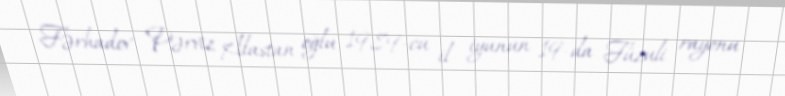
Fərhadov Pərviz Alastan oğlu 1989-cu il iyunun 19-da Füzuli rayonu